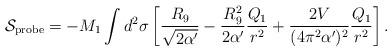
LaTeX: \begin{align*}{\cal S}_{\rm probe} = - M_1 \int d^2\sigma\left[\frac{R_9}{\sqrt{2\alpha^\prime}}-\frac{R^2_9}{2\alpha^\prime}\frac{Q_1}{r^2}+\frac{2 V}{(4\pi^2\alpha^\prime)^2} \frac{Q_1}{r^2}\right].\end{align*}